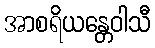
အာစရိယန္တေဝါသီ